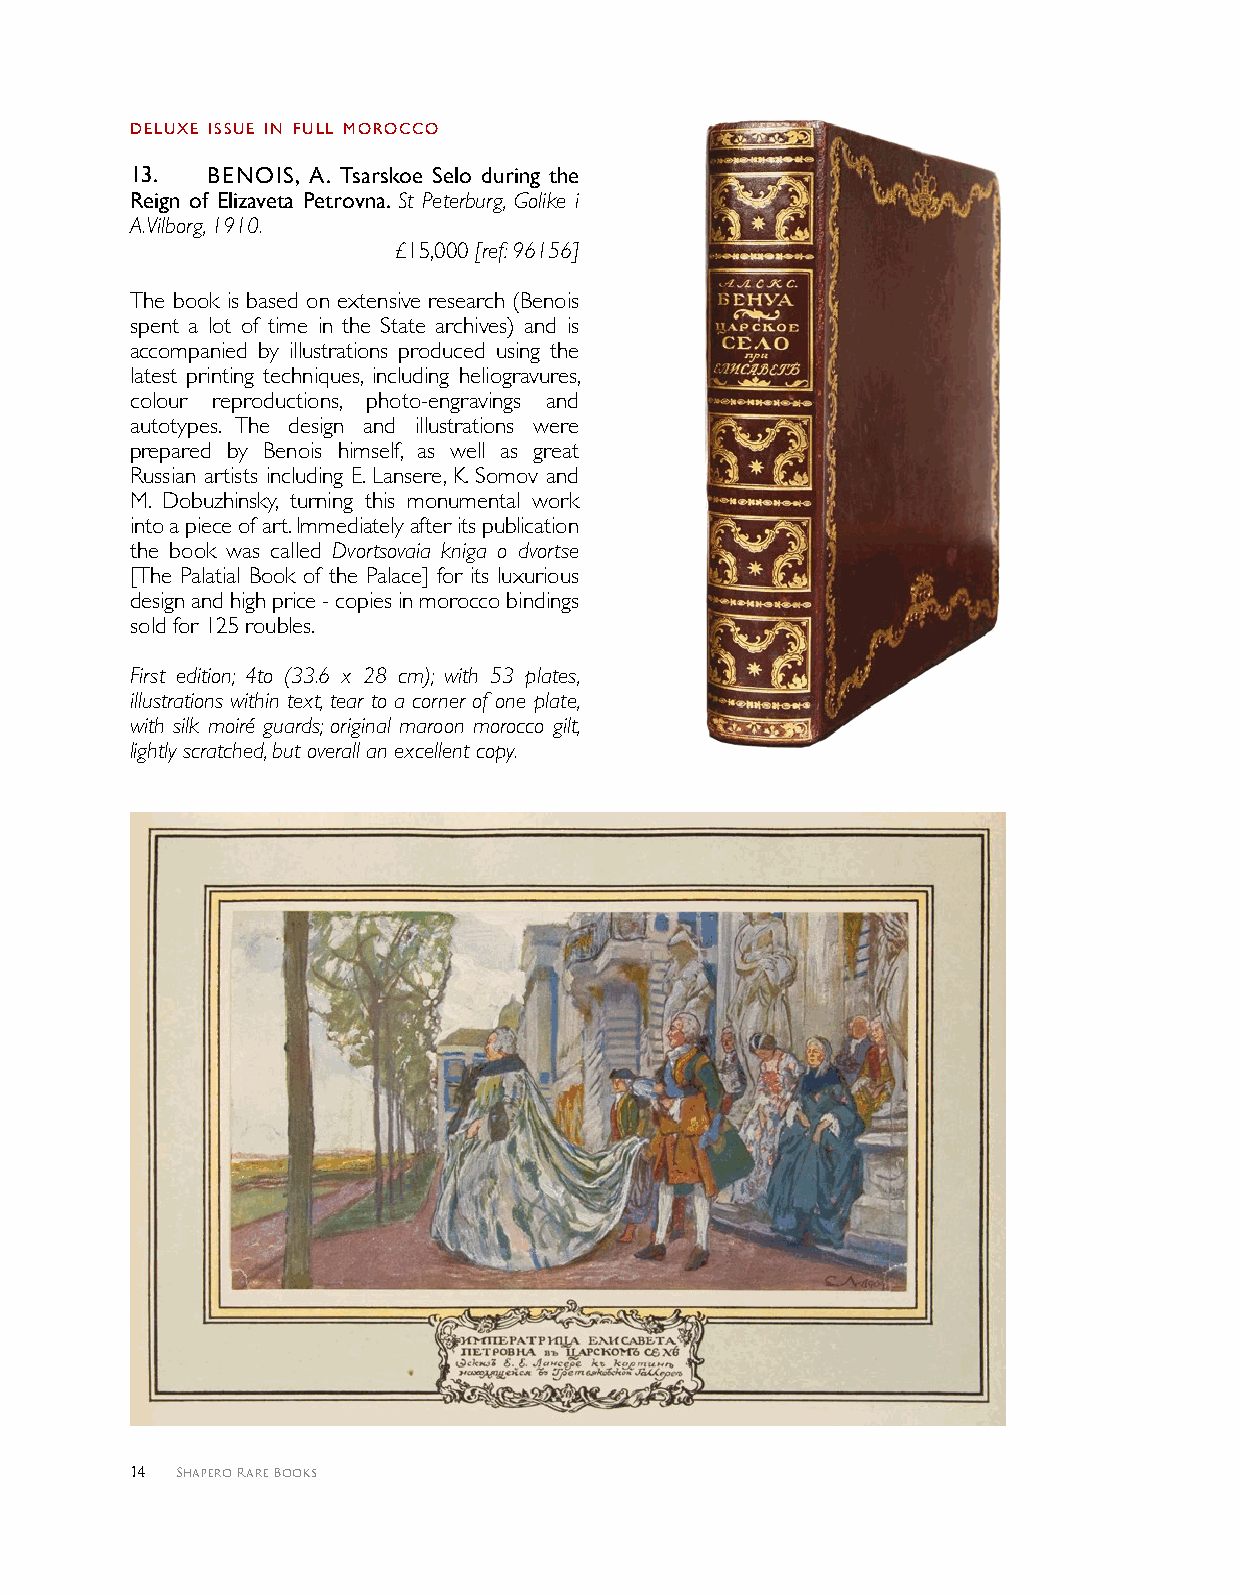
delUxe ISSUe IN fUll Morocco
 1 3 . beNoIS, A. Tsarskoe Selo during the
 Reign of Elizaveta Petrovna. St Peterburg, Golike i
 A.Vilborg, 1910.
 £15,000 [ref: 96156]
 The book is based on extensive research (Benois
 spent a lot of time in the State archives) and is
 accompanied by illustrations produced using the
 latest printing techniques, including heliogravures,
 colour reproductions, photo-engravings and
 autotypes. The design and illustrations were
 prepared by Benois himself, as well as great
 Russian artists including E. Lansere, K. Somov and
 M. Dobuzhinsky, turning this monumental work
 into a piece of art. Immediately after its publication
 the book was called Dvortsovaia kniga o dvortse
 [The Palatial Book of the Palace] for its luxurious
 design and high price - copies in morocco bindings
 sold for 125 roubles.
 First edition; 4to (33.6 x 28 cm); with 53 plates,
 illustrations within text, tear to a corner of one plate,
 with silk moiré guards; original maroon morocco gilt,
 lightly scratched, but overall an excellent copy.
 14 Shapero Rare Books